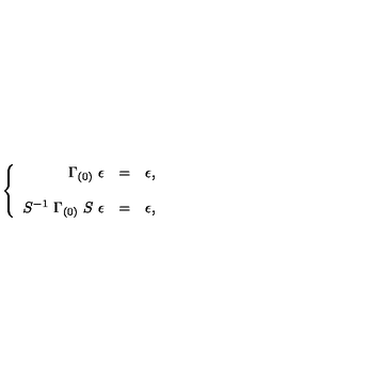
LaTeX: \left\{ \begin{array} { r c l } { \Gamma _ { ( 0 ) } \ \epsilon } & { = } & { \epsilon , } \\ { } & { } & { } \\ { S ^ { - 1 } \ \Gamma _ { ( 0 ) } \ S \ \epsilon } & { = } & { \epsilon , } \\ \end{array} \right.